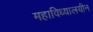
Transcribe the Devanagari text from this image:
महाविध्यालयीन